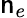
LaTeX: \mathsf{n}_{e}